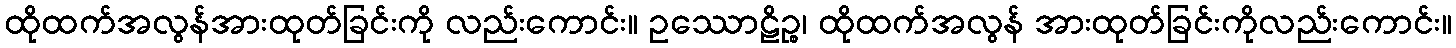
ထိုထက်အလွန်အားထုတ်ခြင်းကို လည်းကောင်း။ ဥဿောဠိဉ္စ၊ ထိုထက်အလွန် အားထုတ်ခြင်းကိုလည်းကောင်း။